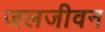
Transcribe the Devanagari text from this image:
जलजीवन